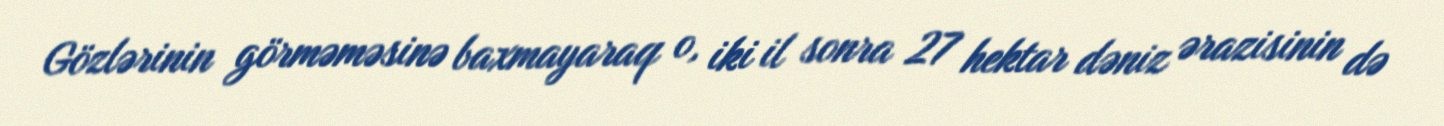
Gözlərinin görməməsinə baxmayaraq o, iki il sonra 27 hektar dəniz ərazisinin də